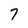
Character: 7